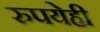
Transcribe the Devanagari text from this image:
रुपयेही